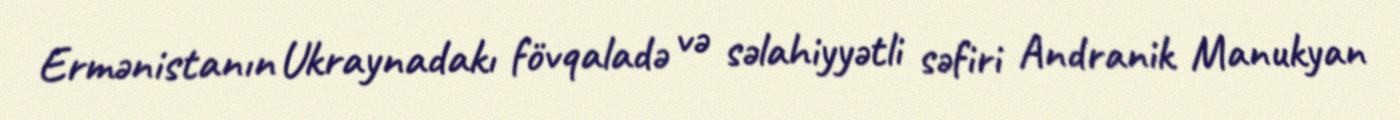
Ermənistanın Ukraynadakı fövqaladə və səlahiyyətli səfiri Andranik Manukyan